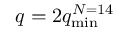
q = 2 q _ { \mathrm { m i n } } ^ { N = 1 4 }